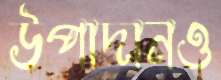
উপাদানও